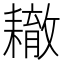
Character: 𦔞